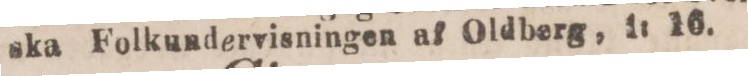
ska Folkundervisningen af Oldberg, i: 16.